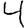
Digit: 4